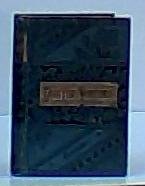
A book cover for Eight years' wanderings in Ceylon; Samuel White Baker; Travel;